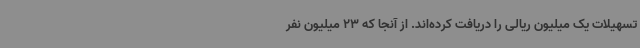
تسهیلات یک میلیون ریالی را دریافت کرده‌اند. از آنجا که 23 میلیون نفر